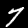
Label: 7